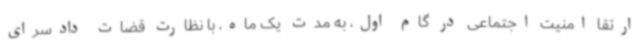
ارتقا امنیت اجتماعی در گام اول، به مدت یک ماه، با نظارت قضات دادسرای